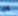
كان